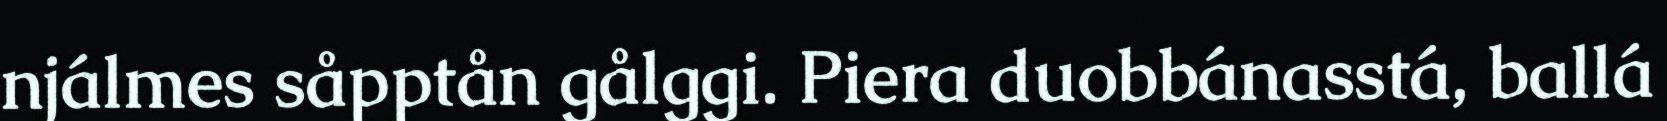
njálmes såpptån gålggi. Piera duobbánasstá, ballá